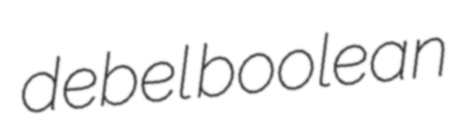
debel boolean